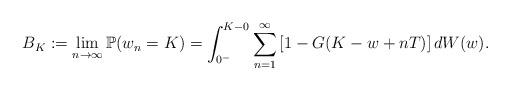
LaTeX: \begin{align*}B_K := \lim_{n \rightarrow \infty}\mathbb{P}(w_n = K) = \int_{0^-}^{K-0} \sum_{n=1}^{\infty} \left[ 1 - G(K - w + nT) \right]dW(w).\end{align*}